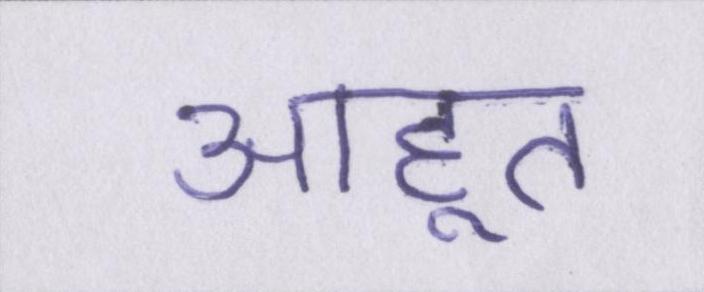
आहूत